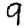
Digit: 9